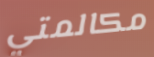
مكالمتي